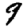
Digit: 9